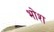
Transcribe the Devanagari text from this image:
भोश